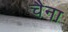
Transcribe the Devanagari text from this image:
चैना